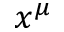
x ^ { \mu }